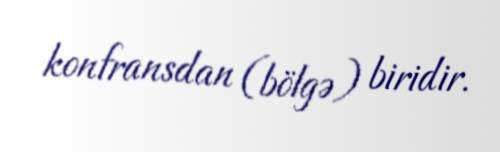
konfransdan (bölgə) biridir.